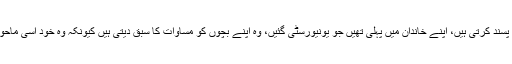
’یہ لڑکیاں جو مجھے پسند کرتی ہیں، اپنے خاندان میں پہلی تھیں جو یونیورسٹی گئیں، وہ اپنے بچوں کو مساوات کا سبق دیتی ہیں کیونکہ وہ خود اسی ماحول میں بڑی ہوئی ہیں۔